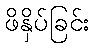
ဖိနှိပ်ခြင်း